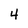
Character: 4